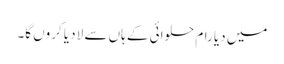
میں دیا رام حلوائی کے ہاں سے لا دیا کروں گا۔